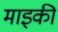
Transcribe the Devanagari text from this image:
माइकी